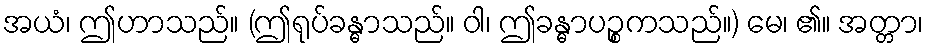
အယံ၊ ဤဟာသည်။ (ဤရုပ်ခန္ဓာသည်။ ဝါ၊ ဤခန္ဓာပဉ္စကသည်။) မေ၊ ၏။ အတ္တာ၊